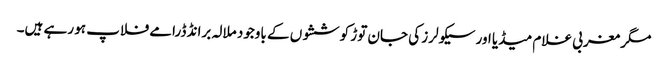
مگر مغربی غلام میڈیا اور سیکولرز کی جان توڑ کوششوں کے باوجود ملالہ برانڈ ڈرامے فلاپ ہو رہے ہیں۔